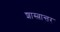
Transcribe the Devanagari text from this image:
शास्त्रान्तर